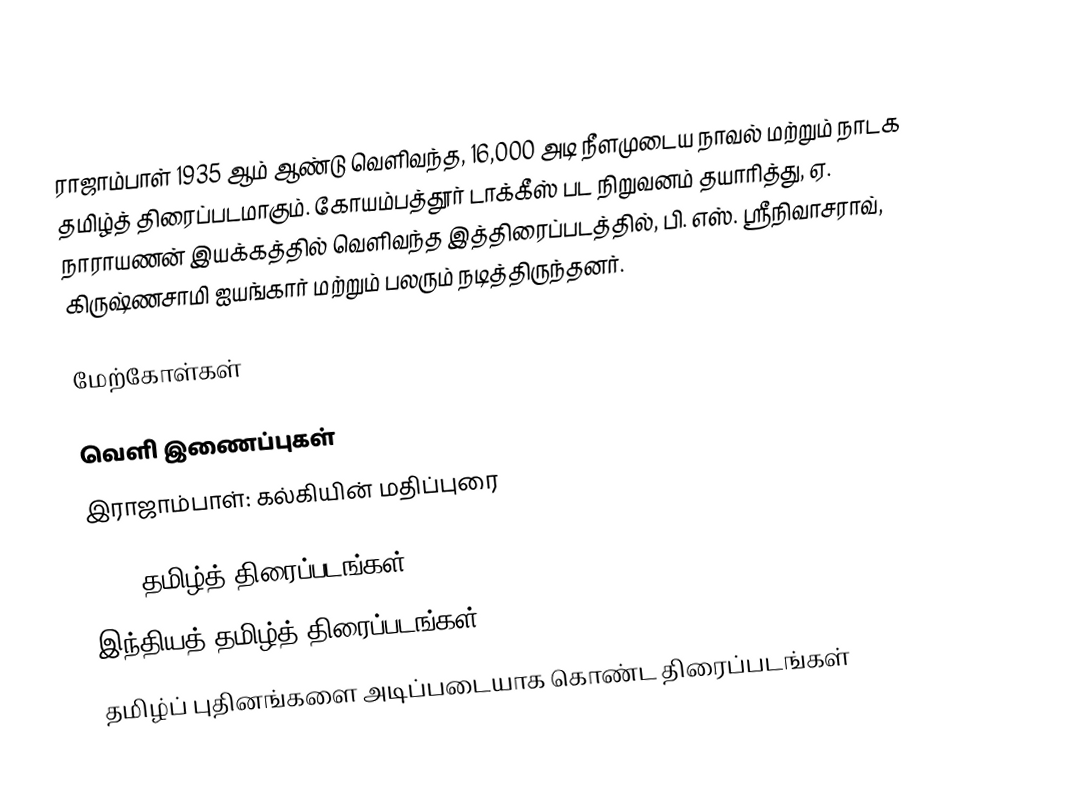
ராஜாம்பாள் 1935 ஆம் ஆண்டு வெளிவந்த, 16,000 அடி நீளமுடைய நாவல் மற்றும் நாடக தமிழ்த் திரைப்படமாகும். கோயம்பத்தூர் டாக்கீஸ் பட நிறுவனம் தயாரித்து, ஏ. நாராயணன் இயக்கத்தில் வெளிவந்த இத்திரைப்படத்தில், பி. எஸ். ஸ்ரீநிவாசராவ், கிருஷ்ணசாமி ஐயங்கார் மற்றும் பலரும் நடித்திருந்தனர்.

மேற்கோள்கள்

வெளி இணைப்புகள்
இராஜாம்பாள்: கல்கியின் மதிப்புரை

1935 தமிழ்த் திரைப்படங்கள்
இந்தியத் தமிழ்த் திரைப்படங்கள்
தமிழ்ப் புதினங்களை அடிப்படையாக கொண்ட திரைப்படங்கள்